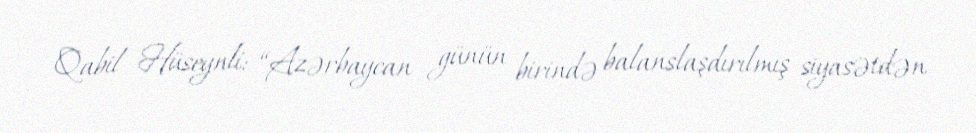
Qabil Hüseynli: “Azərbaycan günün birində balanslaşdırılmış siyasətdən